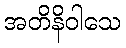
အတိနိဝါသေ